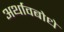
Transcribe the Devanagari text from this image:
अर्थावबोधे